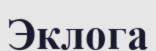
Эклога